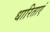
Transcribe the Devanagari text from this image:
धारिताएं